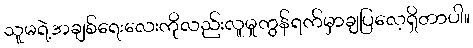
သူမရဲ့အချစ်ရေးလေးကိုလည်းလူမှုကွန်ရက်မှာချပြလေ့ရှိတာပါ။